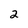
Character: 2